Plague in India, 1896, 1897 - Volume 1
Year: 1896
Disease focus: Plague
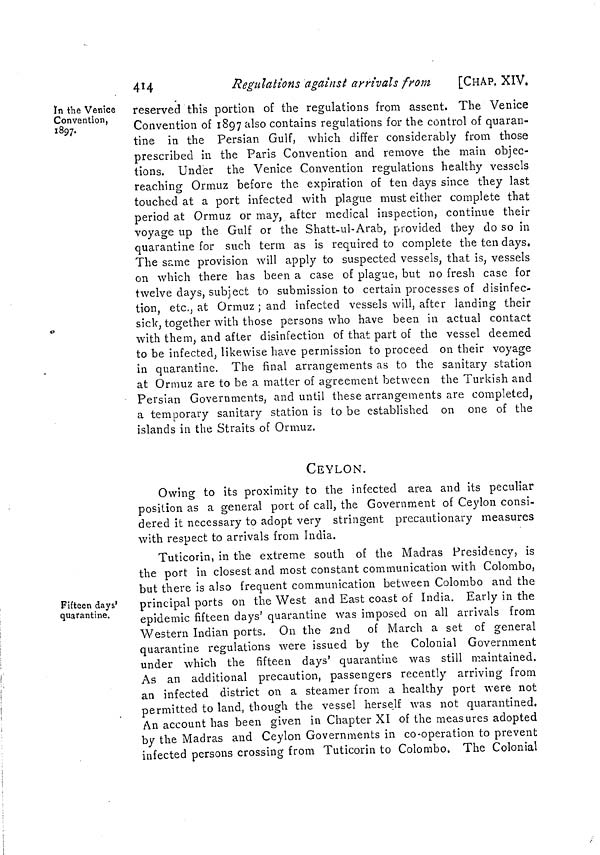
414
Regulations against arrivals from
[CHAP. XIV.
In the Venice
Convention,
1897.
reserved this portion of the regulations from assent. The Venice
Convention of 1897 also contains regulations for the control of quaran-
tine in the Persian Gulf, which differ considerably from those
prescribed in the Paris Convention and remove the main objec-
tions. Under the Venice Convention regulations healthy vessels
reaching Ormuz before the expiration of ten days since they last
touched at a port infected with plague must either complete that
period at Ormuz or may, after medical inspection, continue their
voyage up the Gulf or the Shatt-ul-Arab, provided they do so in
quarantine for such term as is required to complete the ten days.
The same provision will apply to suspected vessels, that is, vessels
on which there has been a case of plague, but no fresh case for
twelve days, subject to submission to certain processes of disinfec-
tion, etc., at Ormuz ; and infected vessels will, after landing their
sick, together with those persons who have been in actual contact
with them, and after disinfection of that part of the vessel deemed
to be infected, likewise have permission to proceed on their voyage
in quarantine. The final arrangements as to the sanitary station
at Ormuz are to be a matter of agreement between the Turkish and
Persian Governments, and until these arrangements are completed,
a temporary sanitary station is to be established on one of the
islands in the Straits of Ormuz.
CEYLON.
Owing to its proximity to the infected area and its peculiar
position as a general port of call, the Government of Ceylon consi-
dered it necessary to adopt very stringent precautionary measures
with respect to arrivals from India.
Fifteen days'
quarantine.
Tuticorin, in the extreme south of the Madras Presidency, is
the port in closest and most constant communication with Colombo,
but there is also frequent communication between Colombo and the
principal ports on the West and East coast of India. Early in the
epidemic fifteen days' quarantine was imposed on all arrivals from
Western Indian ports. On the 2nd of March a set of general
quarantine regulations were issued by the Colonial Government
under which the fifteen days' quarantine was still maintained.
As an additional precaution, passengers recently arriving from
an infected district on a steamer from a healthy port were not
permitted to land, though the vessel herself was not quarantined.
An account has been given in Chapter XI of the measures adopted
by the Madras and Ceylon Governments in co-operation to prevent
infected persons crossing from Tuticorin to Colombo. The Colonial